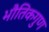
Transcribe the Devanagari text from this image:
भौतिकगुण